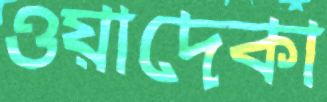
ওয়াদেকা